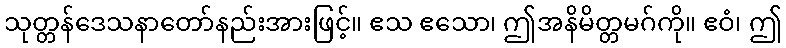
သုတ္တန်ဒေသနာတော်နည်းအားဖြင့်။ ဧသ ဧသော၊ ဤအနိမိတ္တမဂ်ကို။ ဧဝံ၊ ဤ